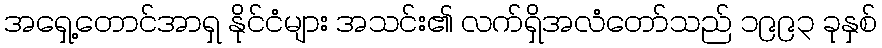
အရှေ့တောင်အာရှ နိုင်ငံများ အသင်း၏ လက်ရှိအလံတော်သည် ၁၉၉၃ ခုနှစ်